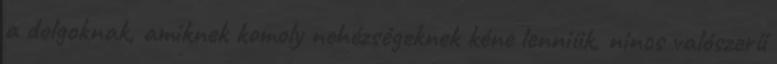
a dolgoknak, amiknek komoly nehézségeknek kéne lenniük, nincs valószerű